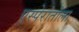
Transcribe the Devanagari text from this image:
एस्पेरांतोला